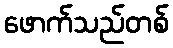
ဖောက်သည်တစ်